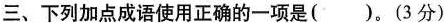
三、下列加点成语使用正确的一项是( )。(3分)